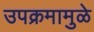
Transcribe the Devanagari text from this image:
उपक्रमामुळे